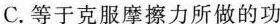
C.等于克服摩擦力所做的功